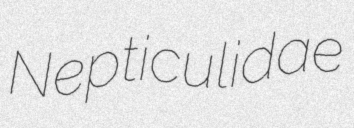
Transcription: Nepticulidae